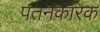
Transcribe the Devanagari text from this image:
पतनकारक